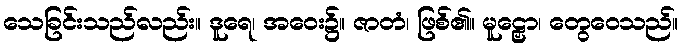
သေခြင်းသည်လည်း။ ဒူရေ၊ အဝေး၌။ ဇာတံ၊ ဖြစ်၏။ မူဠှော၊ တွေဝေသည်။